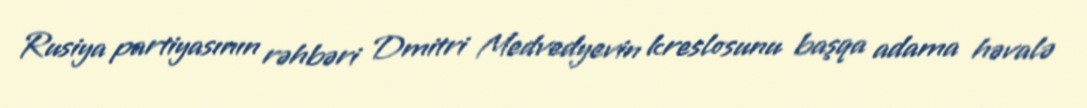
Rusiya partiyasının rəhbəri Dmitri Medvedyevin kreslosunu başqa adama həvalə